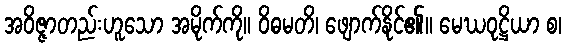
အဝိဇ္ဇာတည်းဟူသော အမိုက်ကို။ ဝိဓမတိ၊ ဖျောက်နိုင်၏။ မေဃဝုဋ္ဌိယာ စ၊